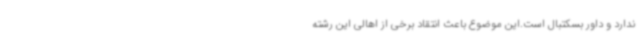
ندارد و داور بسکتبال است.این موضوع باعث انتقاد برخی از اهالی این رشته